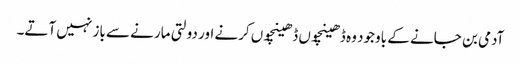
آدمی بن جانے کے باوجود وہ ڈھینچوں ڈھینچوں کرنے اور دولتی مارنے سے باز نہیں آتے۔